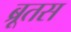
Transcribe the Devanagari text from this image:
ब्रूतस